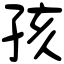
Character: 孩